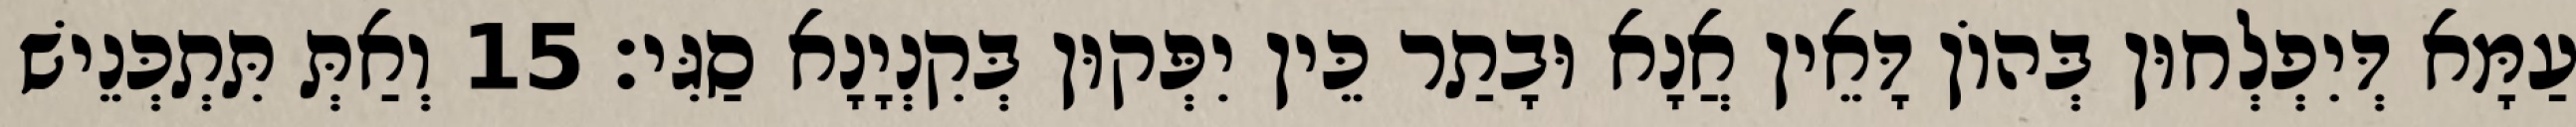
עַמָּא דְּיִפְלְחוּן בְּהוֹן דָּאֵין אֲנָא וּבָתַר כֵּין יִפְּקוּן בְּקִנְיָנָא סַגִּי׃ 15 וְאַתְּ תִּתְכְּנֵישׁ